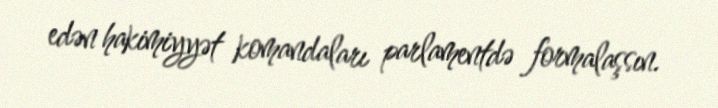
edən hakimiyyət komandaları parlamentdə formalaşsın.